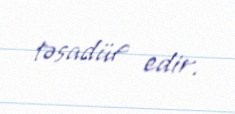
təsadüf edir.